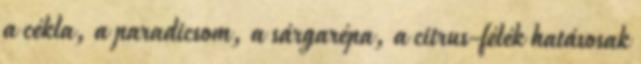
a cékla, a paradicsom, a sárgarépa, a citrus-félék hatásosak